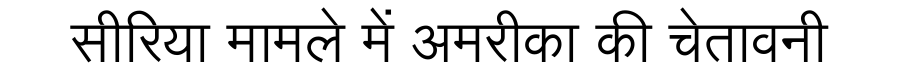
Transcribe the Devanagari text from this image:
सीरिया मामले में अमरीका की चेतावनी